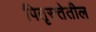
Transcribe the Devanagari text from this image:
पितृस्त्तेतील